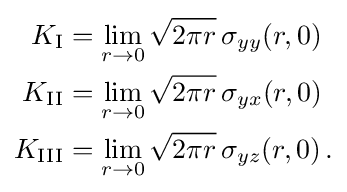
{\begin{aligned}K_{\rm {I}}&=\lim _{r\rightarrow 0}{\sqrt {2\pi r}}\,\sigma _{yy}(r,0)\\K_{\rm {II}}&=\lim _{r\rightarrow 0}{\sqrt {2\pi r}}\,\sigma _{yx}(r,0)\\K_{\rm {III}}&=\lim _{r\rightarrow 0}{\sqrt {2\pi r}}\,\sigma _{yz}(r,0)\,.\end{aligned}}